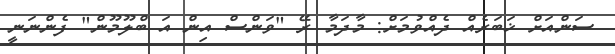
ސަންއަށް ޚަބަރެއް ދެއްވުމަށް: މާދަމާ ރޭ "ވަންސް އިން އަ ބްލޫމޫން" ފެންނަނީ